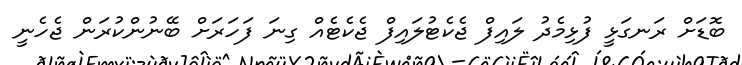
ބޮޑަށް ރަނގަޅީ ފުޅިމެދު ލައިފް ޖެކެޓުލައިފް ޖެކެޓެއް ގިނަ ފަހަރަށް ބޭނުންކުރަން ޖެހެނީ